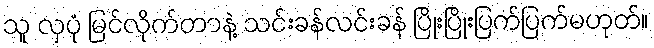
သူ လှပုံ မြင်လိုက်တာနဲ့ သင်းခန်လင်းခန် ပြိုးပြိုးပြက်ပြက်မဟုတ်။